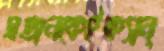
স্বজনকেইক্যান্